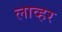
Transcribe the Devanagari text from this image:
लाव्हर